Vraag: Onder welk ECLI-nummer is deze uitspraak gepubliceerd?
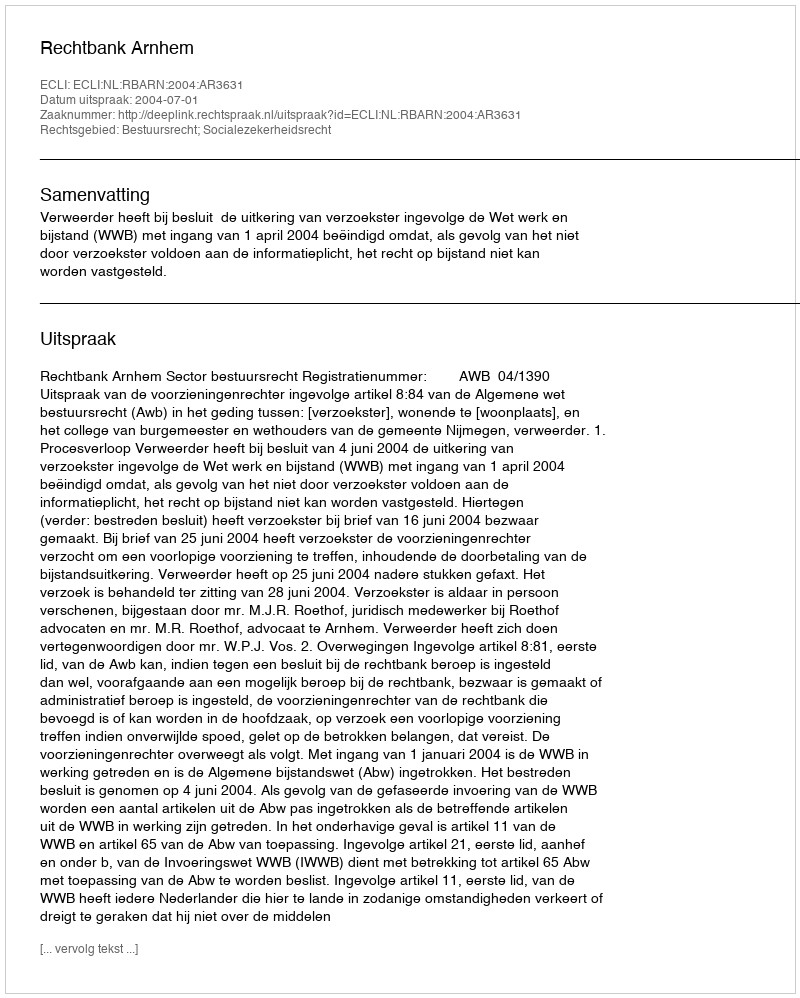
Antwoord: ECLI:NL:RBARN:2004:AR3631